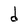
Character: d